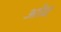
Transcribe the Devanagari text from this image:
ओद